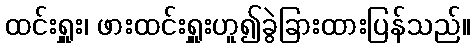
ထင်းရှူး၊ ဖားထင်းရှူးဟူ၍ခွဲခြားထားပြန်သည်။